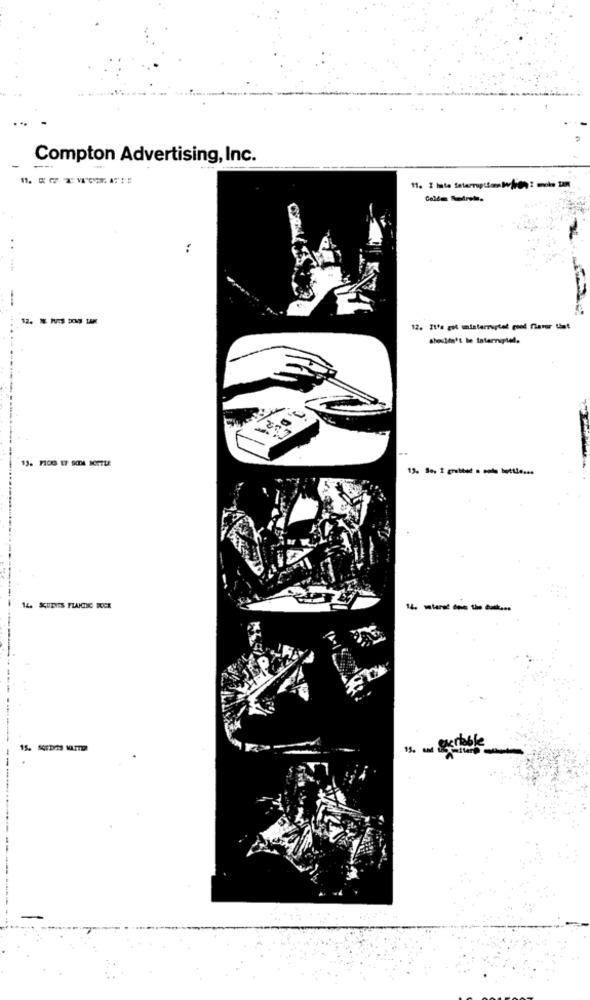
Compton Advertising, Inc.
11. I hate Seterrupitons ofren 2 mnoho tan
:
12. Itfa gol uninterrupted good flavor that
shouldn't be interruptel.
---------- ----
----